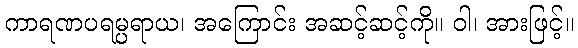
ကာရဏပရမ္ပရာယ၊ အကြောင်း အဆင့်ဆင့်ကို။ ဝါ၊ အားဖြင့်။